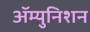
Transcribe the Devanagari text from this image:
ॲम्युनिशन